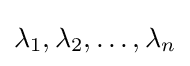
{\textstyle \lambda _{1},\lambda _{2},\ldots ,\lambda _{n}}